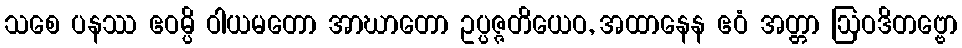
သစေ ပနဿ ဧဝမ္ပိ ဝါယမတော အာဃာတော ဥပ္ပဇ္ဇတိယေဝ, အထာနေန ဧဝံ အတ္တာ ဩဝဒိတဗ္ဗော